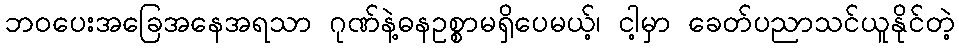
ဘဝပေးအခြေအနေအရသာ ဂုဏ်နဲ့ဓနဥစ္စာမရှိပေမယ့်၊ ငါ့မှာ ခေတ်ပညာသင်ယူနိုင်တဲ့